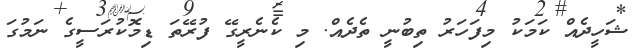
ޝަހީދެއް ކަމަކު މިފަހަރު ތިބުނީ ތެދެއް. މި ކެނެރީގޭ ފުރޭތަ ޑިމޮކުރަސީގެ ނަމުގަ